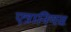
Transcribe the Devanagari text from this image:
एत्रानियस